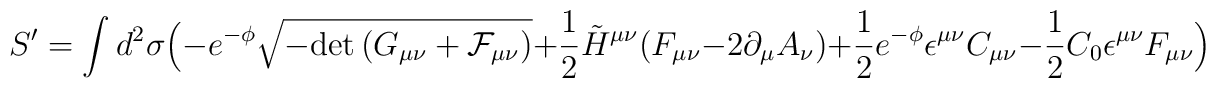
S^{\prime}= \int d^2 \sigma \Big(- e^{-\phi} \sqrt{-{\rm det}\, (G_{\mu\nu}+{\cal F}_{\mu\nu})}+\frac{1}{2} \tilde{H}^{\mu\nu} (F_{\mu\nu} - 2 \partial_{\mu} A_{\nu})+  \frac{1}{2} e^{-\phi}\epsilon^{\mu\nu}C_{\mu\nu} -\frac{1}{2}C_0 \epsilon^{\mu\nu} F_{\mu\nu} \Big)